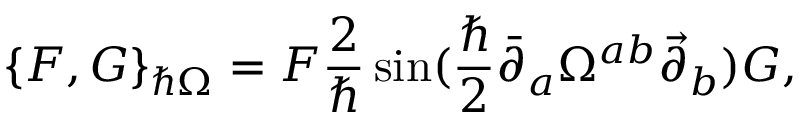
\{ F , G \} _ { \hbar \Omega } = F \frac { 2 } { \hbar } \sin ( \frac { \hbar } { 2 } \bar { \partial } _ { a } \Omega ^ { a b } \vec { \partial } _ { b } ) G ,